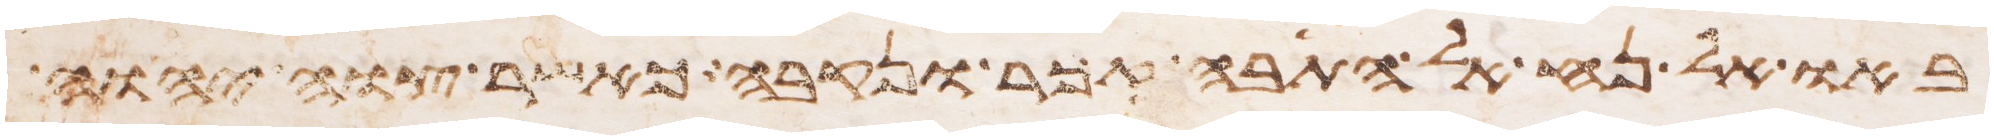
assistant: באו אל נח אל התבה זכר ונקבה כאשר צוה יהוה